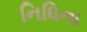
નિધિના